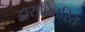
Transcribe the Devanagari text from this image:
द्वारावितरित